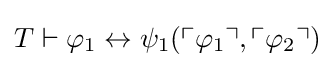
T\vdash \varphi _{1}\leftrightarrow \psi _{1}(\ulcorner \varphi _{1}\urcorner ,\ulcorner \varphi _{2}\urcorner )